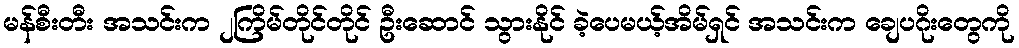
မန်စီးတီး အသင်းက ၂ကြိမ်တိုင်တိုင် ဦးဆောင် သွားနိုင် ခဲ့ပေမယ့်အိမ်ရှင် အသင်းက ချေပဂိုးတွေကို